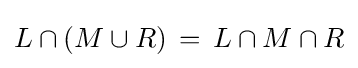
L\cap (M\cup R)\,=\,L\cap M\cap R